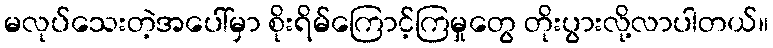
မလုပ်သေးတဲ့အပေါ်မှာ စိုးရိမ်ကြောင့်ကြမှုတွေ တိုးပွားလို့လာပါတယ်။